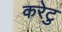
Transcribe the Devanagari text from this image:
करेटु